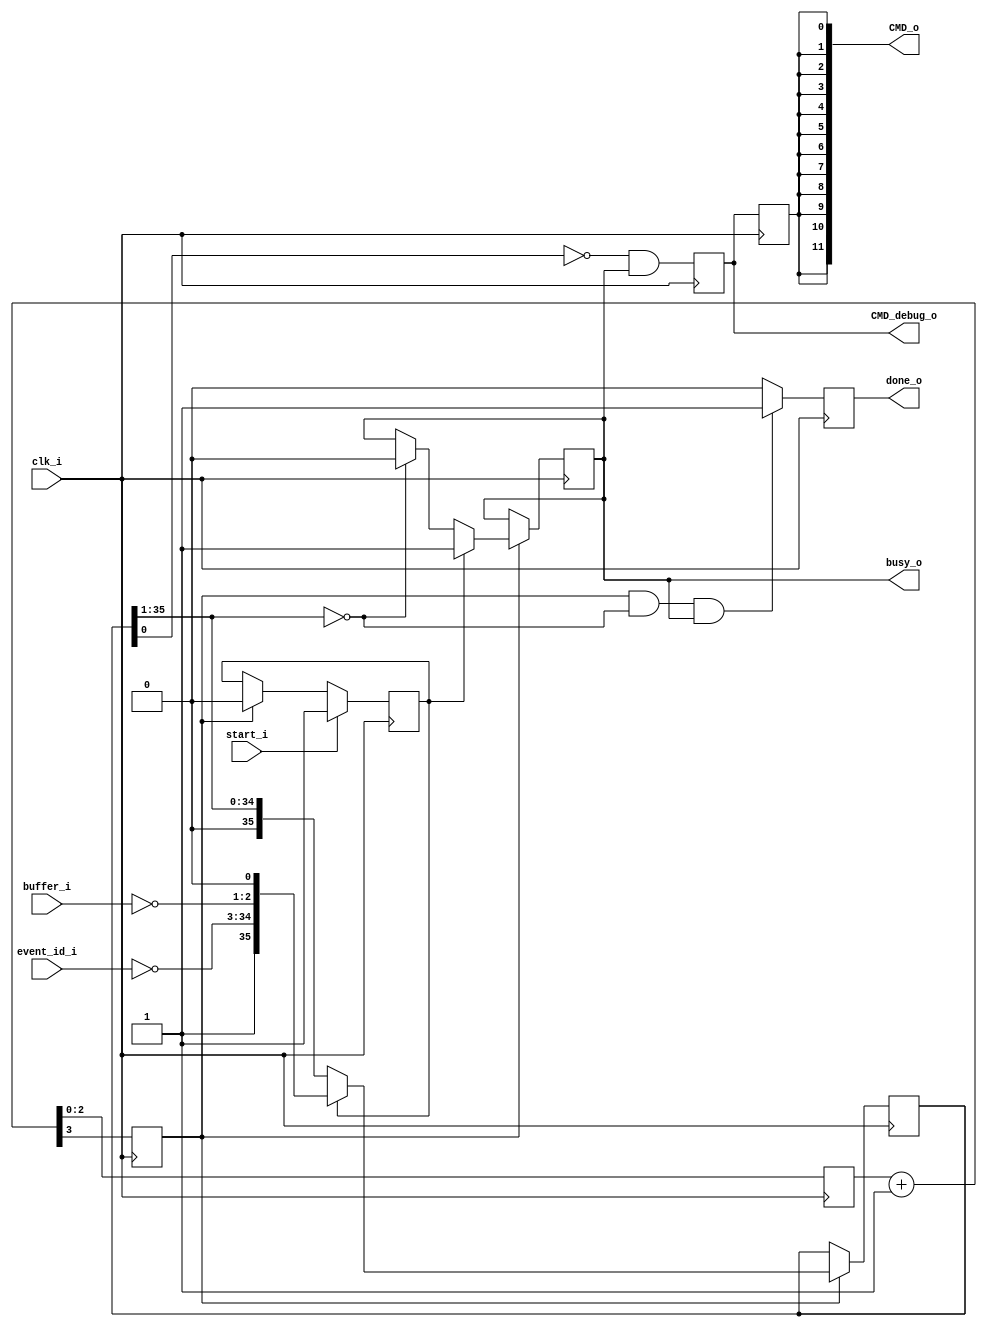
`timescale 1ns / 1ps
////////////////////////////////////////////////////////////////////////////////
// This file is a part of the Antarctic Impulsive Transient Antenna (ANITA)
// project, a collaborative scientific effort between multiple institutions. For
// more information, contact Peter Gorham (gorham@phys.hawaii.edu).
//
// All rights reserved.
//
// Author:
// Author:
////////////////////////////////////////////////////////////////////////////////
module SURF_command_interface_v2(
		clk_i,
		event_id_i,
		buffer_i,
		start_i,
		busy_o,
		done_o,
		CMD_o,
		CMD_debug_o	
    );
	localparam NCLOCK_BITS = 3;
	parameter NUM_SURFS = 12;

	input clk_i;
	input [31:0] event_id_i;
	input [1:0] buffer_i;
	input start_i;
	output done_o;
	output [NUM_SURFS-1:0] CMD_o;
	output CMD_debug_o;
	output busy_o;
	
	(* IOB = "TRUE" *)
	(* EQUIVALENT_REGISTER_REMOVAL = "FALSE" *)
	reg [NUM_SURFS-1:0] cmd_reg = {12{1'b0}};
	reg cmd = 0;

	// WORLD'S EASIEST COMMAND SENDER
	reg starting = 0;
	reg sending = 0;
	reg [NCLOCK_BITS-1:0]  counter = {NCLOCK_BITS{1'b0}};
	wire [NCLOCK_BITS:0] counter_plus_one = counter + 1;
	reg [35:0] data_shift_reg = {36{1'b0}};
	reg done = 0;
	reg ce = 0;
	always @(posedge clk_i) begin
		cmd <= !data_shift_reg[0] && sending;
		cmd_reg <= {12{cmd}};

		counter <= counter_plus_one;
		ce <= counter_plus_one[NCLOCK_BITS];
		
		if (start_i) starting <= 1;
		else if (ce) starting <= 0;
		
		if (ce) begin
			if (starting) sending <= 1;
			else if (data_shift_reg[35:1] == {35{1'b0}}) sending <= 0;
		end
		
		if (ce && (data_shift_reg[35:1] == {35{1'b0}}) && sending) done <= 1;
		else done <= 0;
		
		
		
		// start_i -> starting = 1
		// @ce + starting=1 -> sending = 1, starting = 0
		// @ce + (data_shift_reg[35:1] == {35{1'b0}}) -> sending = 0
		// done = @ce + (data_shift_reg[35:1] == {35{1'b0}}) && sending
		// cmd is !data_shift_reg[0] && sending
				
		if (ce) begin
			if (starting) data_shift_reg <= {1'b1,~event_id_i,~buffer_i,1'b0};
			else data_shift_reg <= {1'b0,data_shift_reg[35:1]};
		end
	end
	
	assign done_o = done;
	assign CMD_o = cmd_reg;
	assign CMD_debug_o = cmd;
	assign busy_o = sending;
endmodule